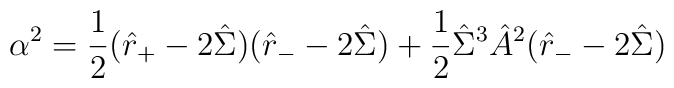
\alpha^2 = \frac{1}{2} (\hat{r}_+-2\hat{\Sigma})(\hat{r}_- -2\hat{\Sigma})  + \frac{1}{2}\hat{\Sigma}^3 \hat{A}^2 (\hat{r}_- - 2\hat{\Sigma})